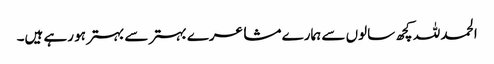
الحمد للہ کچھ سالوں سے ہمارے مشاعرے بہتر سے بہتر ہو رہے ہیں۔